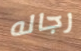
رجاله